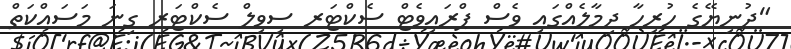
"ދުނިޔޭގެ ހުރިހާ ދިމާލެއްގައި ވެސް ޕްރައިވެޓް ސެކްޓަރ ސިވިލް ސެކްޓަރ ގިނަ މަސައްކަތް